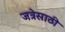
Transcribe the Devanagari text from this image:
जत्रेसाठी